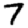
Digit: 7